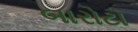
બારોટો